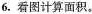
6. 看图计算面积。